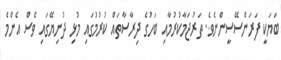
ބަޔަކީ ފަރަންސޭސީންނެވެ. ތަރުޖަމާކުރުމާއި ބަހުގެ ދިރާސާތައް ކުރުމުގައި މުޅި ދުނިޔޭގައި ވެސް އެންމެ